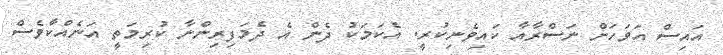
އައިސް އަވަހަށް ނަސްރާއާ ކައިވެނިކުރީ. އެކަމަކު ދެން އެ ދެމަފިރިންނާ ކުރިމަތީ އަނެއްކާވެސް